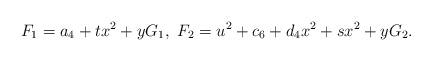
LaTeX: \begin{align*}F_1 = a_4 + t x^2 + y G_1, \ F_2 = u^2 + c_6 + d_4 x^2 + s x^2 + y G_2.\end{align*}